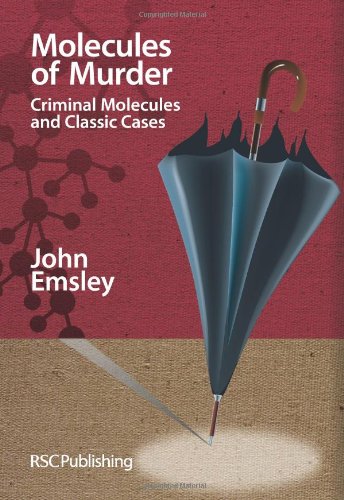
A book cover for Molecules of Murder: Criminal Molecules and Classic Cases; John Emsley; Medical Books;